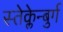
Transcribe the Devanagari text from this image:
स्तेक्लेन्बुर्ग